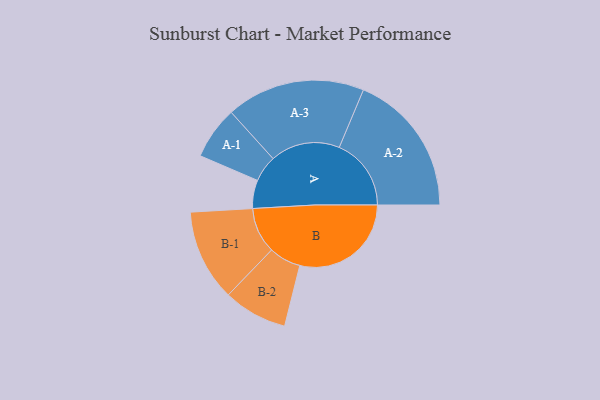
{"axis": {"x": "Segment", "y": "Value"}, "legend": ["", "A", "B"], "data": [{"x": "A", "y": 117, "type": ""}, {"x": "B", "y": 460, "type": ""}, {"x": "A-1", "y": 109, "type": "A"}, {"x": "A-2", "y": 297, "type": "A"}, {"x": "A-3", "y": 287, "type": "A"}, {"x": "B-1", "y": 189, "type": "B"}, {"x": "B-2", "y": 132, "type": "B"}]}